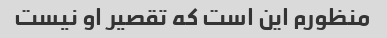
منظورم این است که تقصیر او نیست